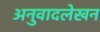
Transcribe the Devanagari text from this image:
अनुवादलेखन